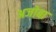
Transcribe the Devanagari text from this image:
अजोबा